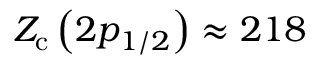
Z _ { \mathrm { c } } \left( 2 p _ { 1 / 2 } \right) \approx 2 1 8